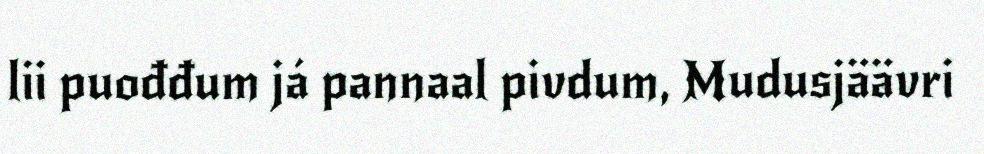
lii puođđum já pannaal pivdum, Mudusjäävri